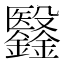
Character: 𣫫